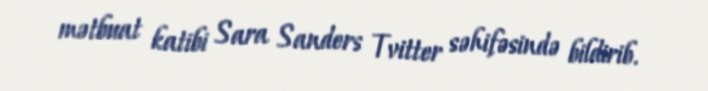
mətbuat katibi Sara Sanders Tvitter səhifəsində bildirib.